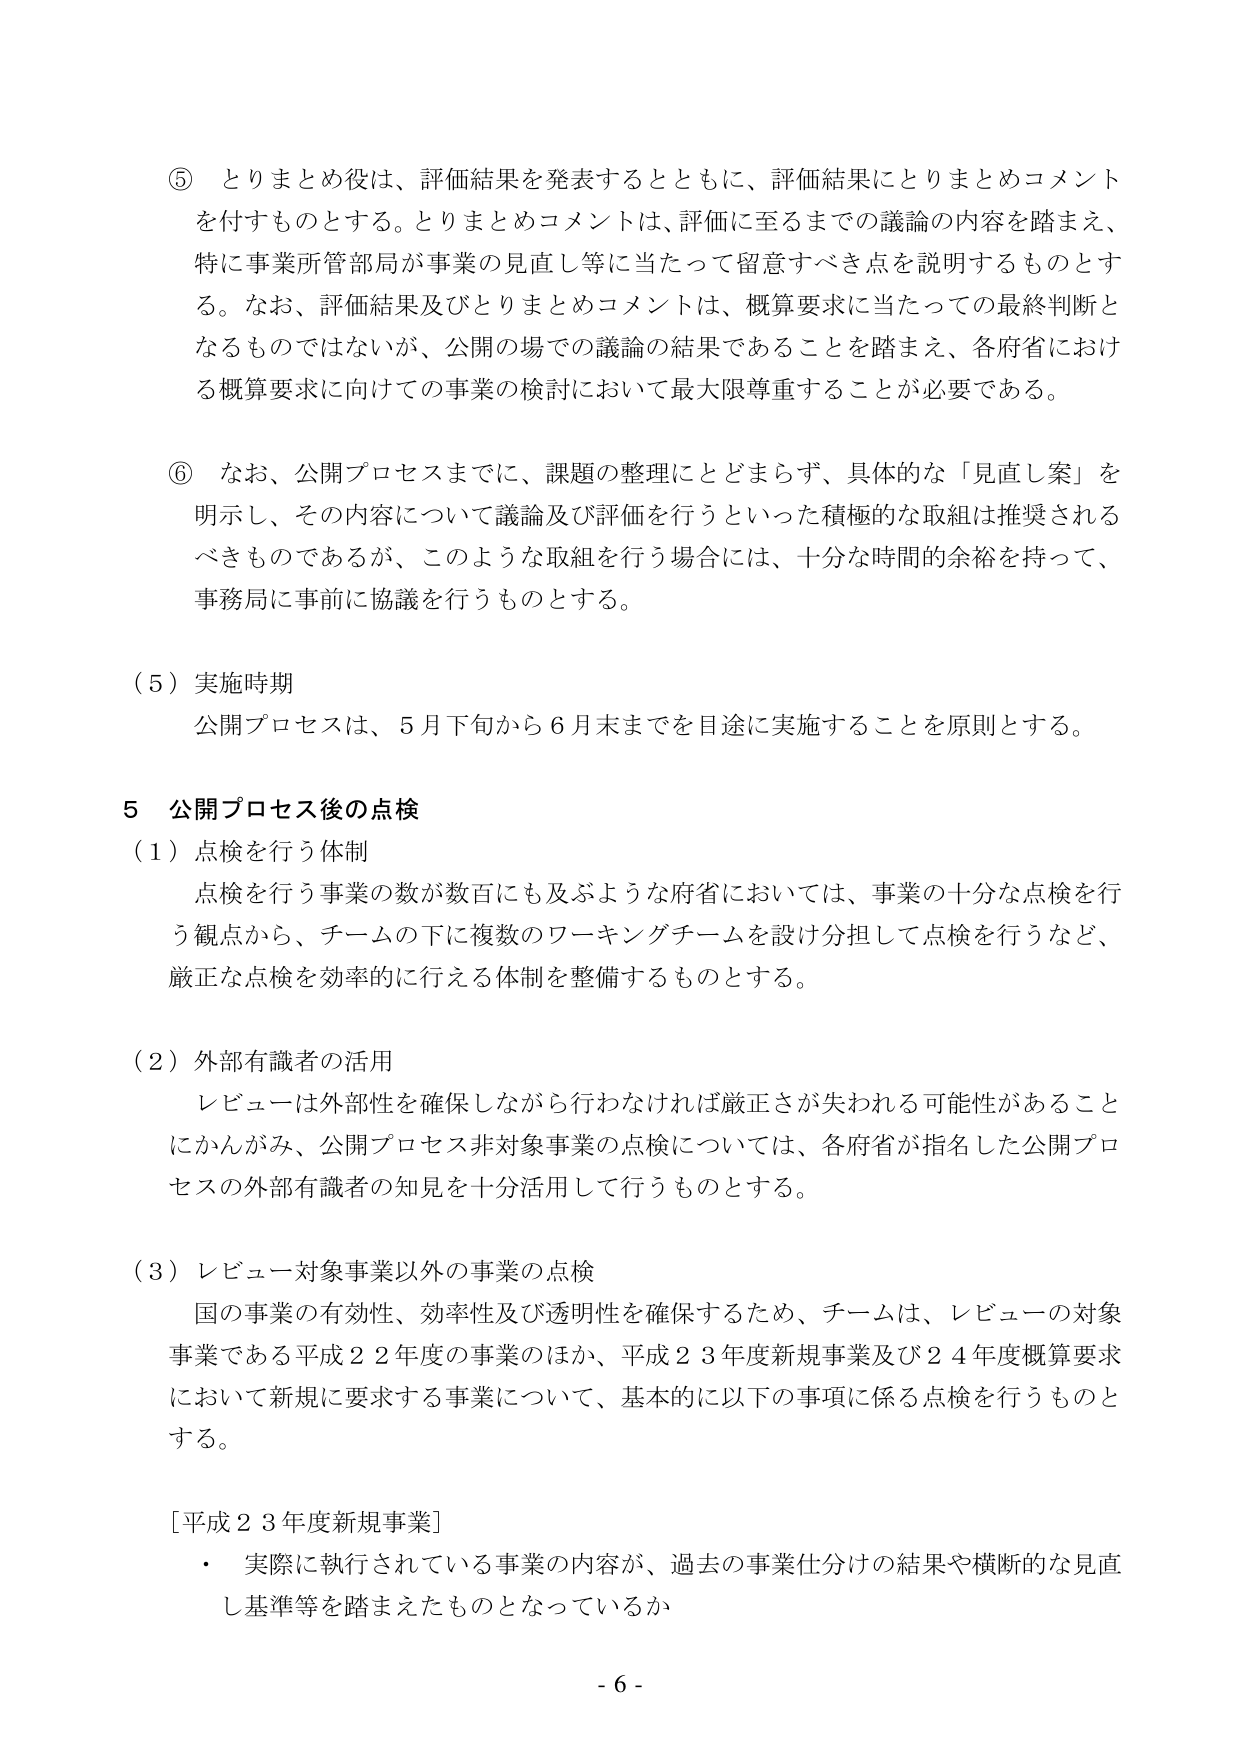
⑤ とりまとめ役は、評価結果を発表するとともに、評価結果にとりまとめコメントを付すものとする。とりまとめコメントは、評価に至るまでの議論の内容を踏まえ、特に事業所管部局が事業の見直し等に当たって留意すべき点を説明するものとする。なお、評価結果及びとりまとめコメントは、概算要求に当たっての最終判断となるものではないが、公開の場での議論の結果であることを踏まえ、各府省における概算要求に向けての事業の検討において最大限尊重することが必要である。

⑥ なお、公開プロセスまでに、課題の整理にとどまらず、具体的な「見直し案」を明示し、その内容について議論及び評価を行うといった積極的な取組は推奨されるべきものであるが、このような取組を行う場合には、十分な時間的余裕を持って、事務局に事前に協議を行うものとする。

（５）実施時期
公開プロセスは、５月下旬から６月末までを目途に実施することを原則とする。

５ 公開プロセス後の点検
（１）点検を行う体制
点検を行う事業の数が数百にも及ぶような府省においては、事業の十分な点検を行う観点から、チームの下に複数のワーキングチームを設け分担して点検を行うなど、厳正な点検を効率的に行える体制を整備するものとする。

（２）外部有識者の活用
レビューは外部性を確保しながら行わなければ厳正さが失われる可能性があることにかんがみ、公開プロセス非対象事業の点検については、各府省が指名した公開プロセスの外部有識者の知見を十分活用して行うものとする。

（３）レビュー対象事業以外の事業の点検
国の事業の有効性、効率性及び透明性を確保するため、チームは、レビューの対象事業である平成２２年度の事業のほか、平成２３年度新規事業及び２４年度概算要求において新規に要求する事業について、基本的に以下の事項に係る点検を行うものとする。

［平成２３年度新規事業］
・ 実際に執行されている事業の内容が、過去の事業仕分けの結果や横断的な見直し基準等を踏まえたものとなっているか

- 6 -